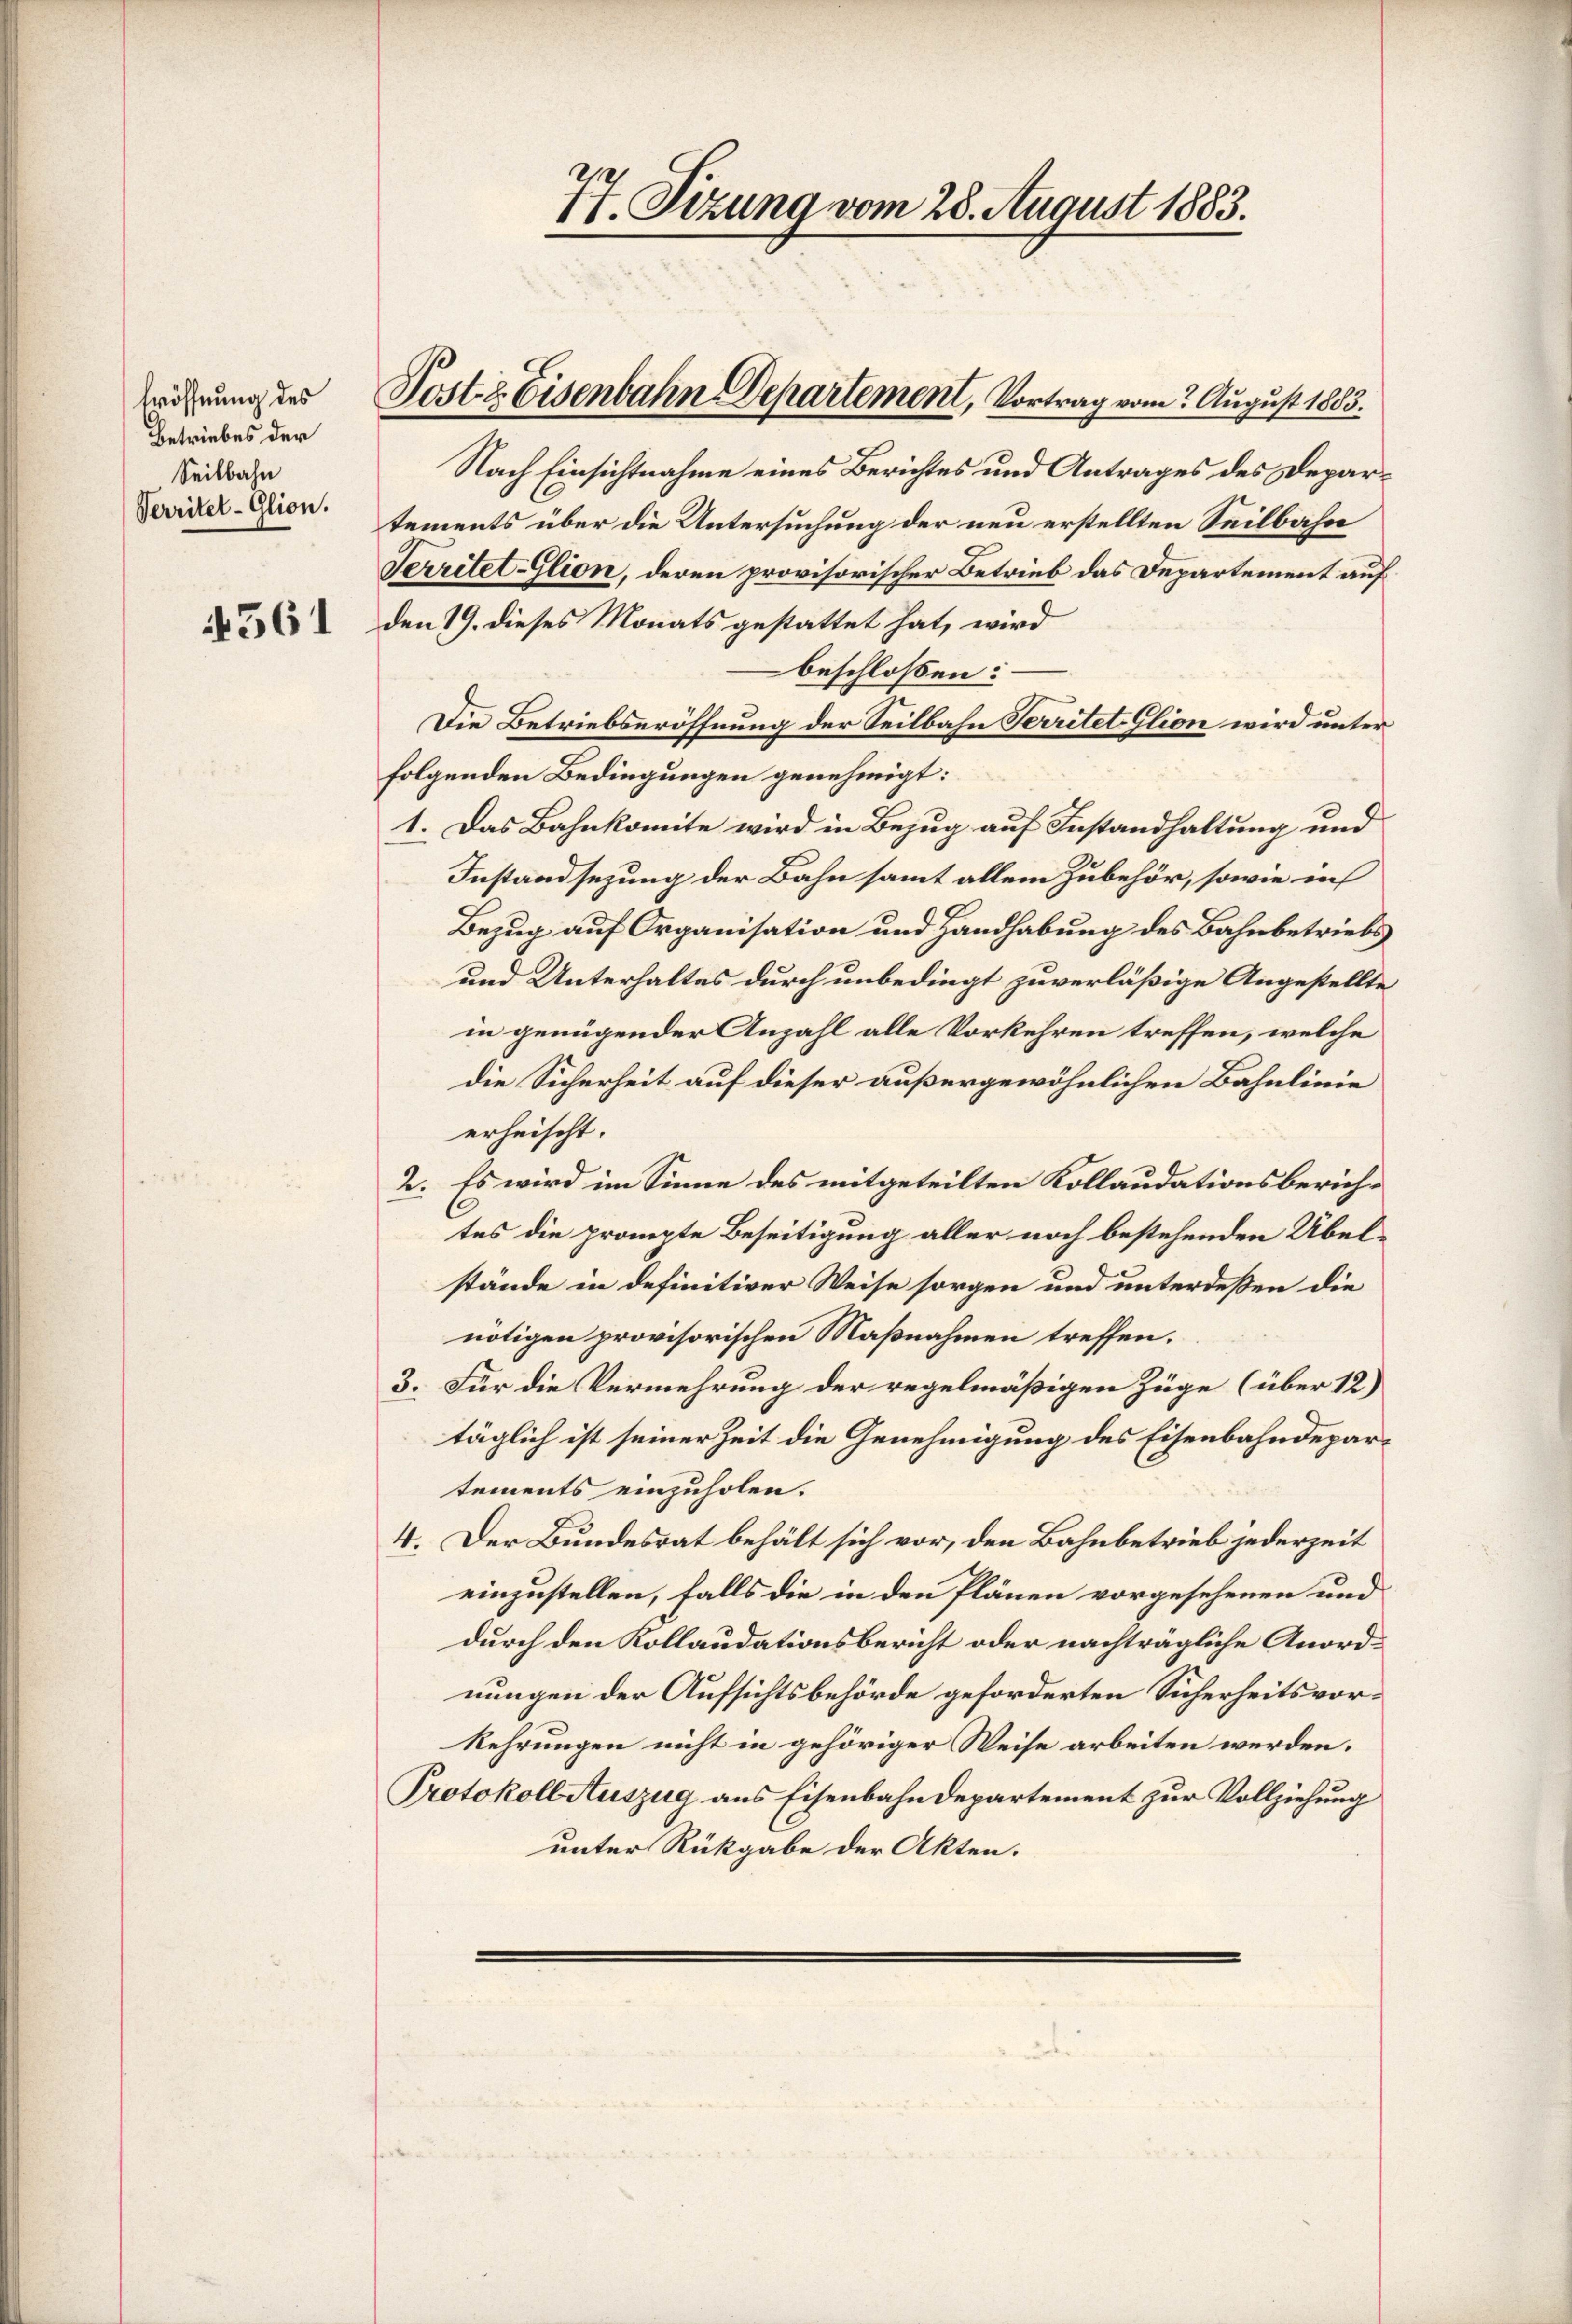
Eröffnung des
Betriebes der
Seilbahn
Verritel-Glion.
561

Nach Einsichtnahme eines Berichtes und Antrages des Departements über die Untersuchung der neu erstellten Seilbahn
Territet-Glion, deren provisorischer Betrieb das Departement auf
den 19. dieses Monats gestattet hat, wird
beschlossen:
Die Betriebseröffnung der Seilbahn Territet Glion wird unter
folgenden Bedingungen genehmigt:
1. Das Bahnkomite wird in Bezug auf Instandhaltung und
Instandsezung der Bahn sammt allein Zubehör, sowie in
Bezug auf Organisation und Handhabung des Bahnbetriebs
und Unterhaltes durch unbedingt zuverläßige Angestellte
in genügender Anzahl alle Vorkehren treffen, welche
die Sicherheit auf dieser außergewöhnlichen Bahnlinie
erheischt.
2. Es wird im Sinne des mitgeteilten Kollaudationsberich¬
C
tes die prompte Beseitigung aller noch bestehenden Übel-
stände in definitiver Weise sorgen und unterdeßen die
nötigen provisorischen Maßnahmen treffen.
3. Für die Vermehrung der regelmäßigen Züge (über 12)
täglich ist seiner Zeit die Genehmigung des Eisenbahndepartements einzuholen.
4. Der Bundesrat behält sich vor, den Bahnbetrieb jederzeit
einzustellen, falls die in den Plänen vorgesehenen und
durch den Kollaudationsbericht oder nachträgliche Anordnungen der Aufsichtsbehörde geforderten Sicherheitsvorkehrungen nicht in gehöriger Weise arbeiten werden.
Protokoll Auszug aus Eisenbahndepartement zur Vollziehung
unter Rückgabe der Akten.

77. Sizung vom 28. August 1883.

Post & Eisenbahn Departement, Vortrag vom 2. August 1883.